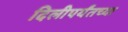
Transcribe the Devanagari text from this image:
दिलीपर्यंतच्या